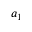
a _ { 1 }